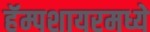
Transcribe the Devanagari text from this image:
हॅम्पशायरमध्ये